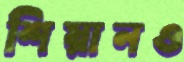
শিয়ানও